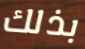
بذلك